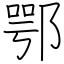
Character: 鄂